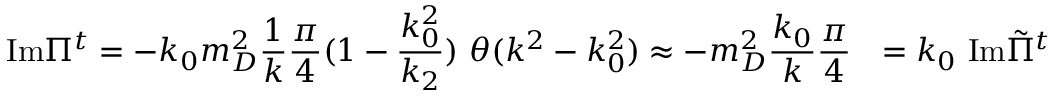
{ \mathrm { I m } } \Pi ^ { t } = - k _ { 0 } m _ { D } ^ { 2 } { \frac { 1 } { k } } { \frac { \pi } { 4 } } ( 1 - { \frac { k _ { 0 } ^ { 2 } } { k _ { 2 } } } ) \ \theta ( k ^ { 2 } - k _ { 0 } ^ { 2 } ) \approx - m _ { D } ^ { 2 } { \frac { k _ { 0 } } { k } } { \frac { \pi } { 4 } } \ \ = k _ { 0 } \ { \mathrm { I m } } { \tilde { \Pi } } ^ { t }